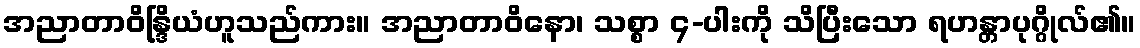
အညာတာဝိန္ဒြိယံဟူသည်ကား။ အညာတာဝိနော၊ သစ္စာ ၄-ပါးကို သိပြီးသော ရဟန္တာပုဂ္ဂိုလ်၏။